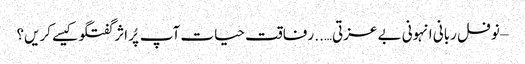
– نوفل ربانی	انہونی بے عزتی….. رفاقت حیات	آپ پُر اثر گفتگو کیسے کریں؟